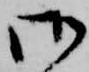
御